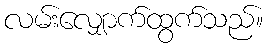
လမ်းလျှောက်ထွက်သည်။